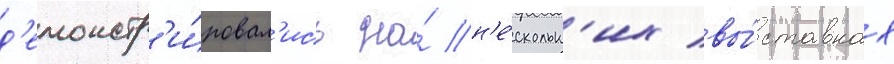
д'емонстр'и́ровал'ись на́ н'е́скольк'их вы́ставках